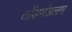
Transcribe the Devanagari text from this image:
तोंडमंडलम